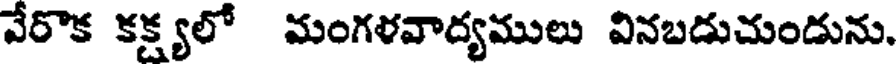
వేరొక కక్ష్యలో మంగళవాద్యములు వినబదుచుండును.